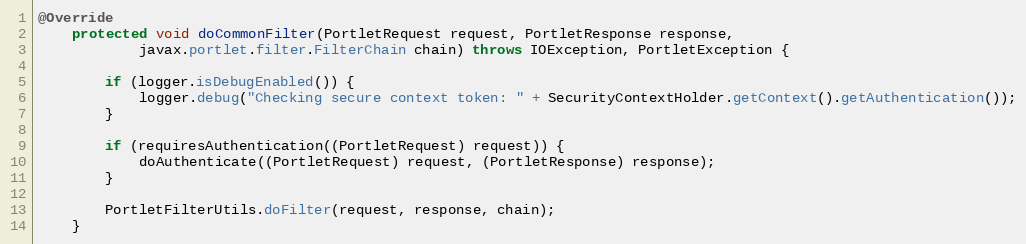
Language: Java
@Override
    protected void doCommonFilter(PortletRequest request, PortletResponse response,
            javax.portlet.filter.FilterChain chain) throws IOException, PortletException {

        if (logger.isDebugEnabled()) {
            logger.debug("Checking secure context token: " + SecurityContextHolder.getContext().getAuthentication());
        }

        if (requiresAuthentication((PortletRequest) request)) {
            doAuthenticate((PortletRequest) request, (PortletResponse) response);
        }

        PortletFilterUtils.doFilter(request, response, chain);
    }